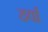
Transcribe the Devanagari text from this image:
हर्वा